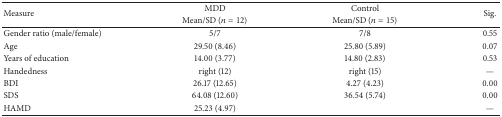
<table><thead><tr><td rowspan="2"><b>Measure</b></td><td><b>MDD</b></td><td><b>Control</b></td><td rowspan="2"><b>Sig.</b></td></tr><tr><td><b>Mean/SD (<i>n</i> = 12)</b></td><td><b>Mean/SD (<i>n</i> = 15)</b></td></tr></thead><tbody><tr><td>Gender ratio (male/female)</td><td>5/7</td><td>7/8</td><td>0.55</td></tr><tr><td>Age</td><td>29.50 (8.46)</td><td>25.80 (5.89)</td><td>0.07</td></tr><tr><td>Years of education</td><td>14.00 (3.77)</td><td>14.80 (2.83)</td><td>0.53</td></tr><tr><td>Handedness</td><td>right (12)</td><td>right (15)</td><td>—</td></tr><tr><td>BDI</td><td>26.17 (12.65)</td><td>4.27 (4.23)</td><td>0.00</td></tr><tr><td>SDS</td><td>64.08 (12.60)</td><td>36.54 (5.74)</td><td>0.00</td></tr><tr><td>HAMD</td><td>25.23 (4.97)</td><td>[EMPTY_CELL]</td><td>—</td></tr></tbody></table>